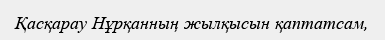
Қасқарау Нұрқанның жылқысын қаптатсам,